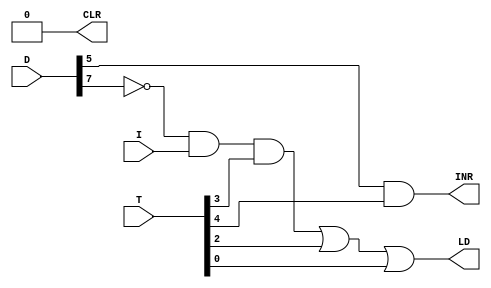
module AR_Control(LD, INR, T, D, I, CLR);

	input  I;
	input [7:0] T, D;
	output LD, INR, CLR;
	
	wire D7n = ~D[7];
	wire a1, a2, a3;
	
	assign a1 = D7n & I & T[3];
	assign a2 = T[2] ;
	assign a3 =  T[0];
	assign INR = D[5] & T[4];
	assign LD = a1 | a2 | a3;
	assign CLR = 0;  //;w;
	
endmodule